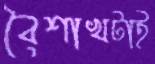
বৈশাখটাই